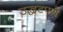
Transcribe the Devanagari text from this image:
उद्धटपणे